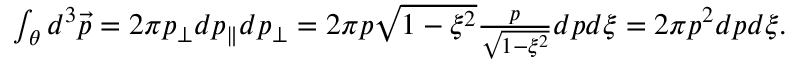
\begin{array} { r } { \int _ { \theta } d ^ { 3 } \vec { p } = 2 \pi p _ { \perp } d p _ { \parallel } d p _ { \perp } = 2 \pi p \sqrt { 1 - \xi ^ { 2 } } \frac { p } { \sqrt { 1 - \xi ^ { 2 } } } d p d \xi = 2 \pi p ^ { 2 } d p d \xi . } \end{array}